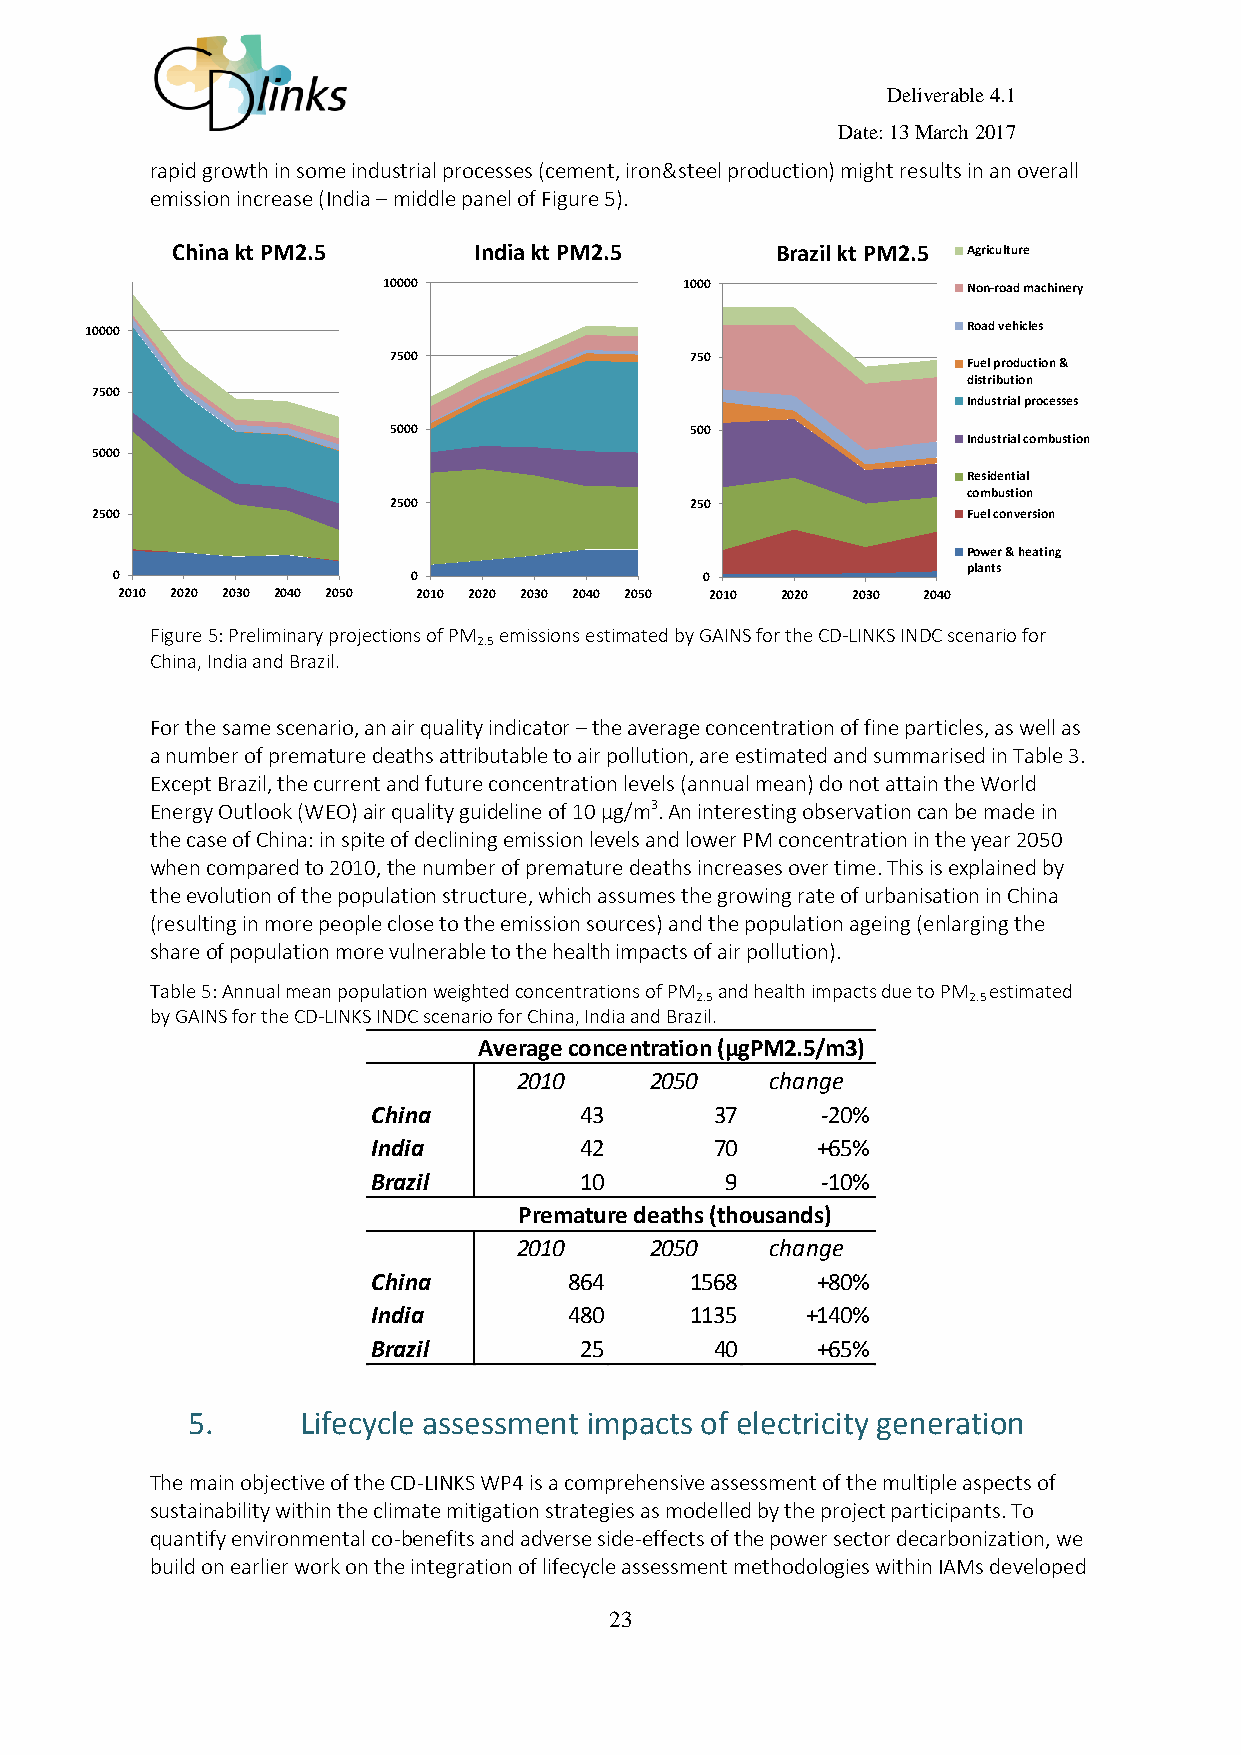
Deliverable 4.1
 Date: 13 March 2017
 rapid growth in some industrial processes (cement, iron&steel production) might results in an overall
 emission increase (India – middle panel of Figure 5).
 China kt PM2.5 Agriculture India kt PM2.5 Agriculture Brazil kt PM2.5 Agriculture
 1 N00 o0 n0 -road machinery 1 N0 o0 n0 -road machinery Non-road machinery
 10000               Road vehicles      Road vehicles      Road vehicles
 7500                750
 Fuel production &  Fuel production &  Fuel production &
 distribution       distribution       distribution
 7500
 Industrial processes Industrial processes Industrial processes
 5000                500
 Industrial combustion Industrial combustion Industrial combustion
 5000
 Residential
 Residential        Residential
 combustion
 c2o5m00bustion     c2o5m0bustion
 2500                                                      Fuel conversion
 Fuel conversion    Fuel conversion
 Power & heating
 Power & heating    Power & heating
 plants
 0                  plan0ts            plan0ts
 2010 2020 2030 2040 2050 2010 2020 2030 2040 2050 2010 2020 2030 2040
 Figure 5: Preliminary projections of PM emissions estimated by GAINS for the CD-LINKS INDC scenario for
 2.5
 China, India and Brazil.
 For the same scenario, an air quality indicator – the average concentration of fine particles, as well as
 a number of premature deaths attributable to air pollution, are estimated and summarised in Table 3.
 Except Brazil, the current and future concentration levels (annual mean) do not attain the World
 Energy Outlook (WEO) air quality guideline of 10 μg/m3. An interesting observation can be made in
 the case of China: in spite of declining emission levels and lower PM concentration in the year 2050
 when compared to 2010, the number of premature deaths increases over time. This is explained by
 the evolution of the population structure, which assumes the growing rate of urbanisation in China
 (resulting in more people close to the emission sources) and the population ageing (enlarging the
 share of population more vulnerable to the health impacts of air pollution).
 Table 5: Annual mean population weighted concentrations of PM and health impacts due to PM estimated
 2.5               2.5
 by GAINS for the CD-LINKS INDC scenario for China, India and Brazil.
 Average concentration (μgPM2.5/m3)
 2010     2050    change
 China        43       37     -20%
 India        42       70     +65%
 Brazil       10        9     -10%
 Premature deaths (thousands)
 2010     2050    change
 China        864     1568    +80%
 India        480     1135   +140%
 Brazil       25       40     +65%
 5.      Lifecycle assessment impacts of electricity generation
 The main objective of the CD-LINKS WP4 is a comprehensive assessment of the multiple aspects of
 sustainability within the climate mitigation strategies as modelled by the project participants. To
 quantify environmental co-benefits and adverse side-effects of the power sector decarbonization, we
 build on earlier work on the integration of lifecycle assessment methodologies within IAMs developed
 23